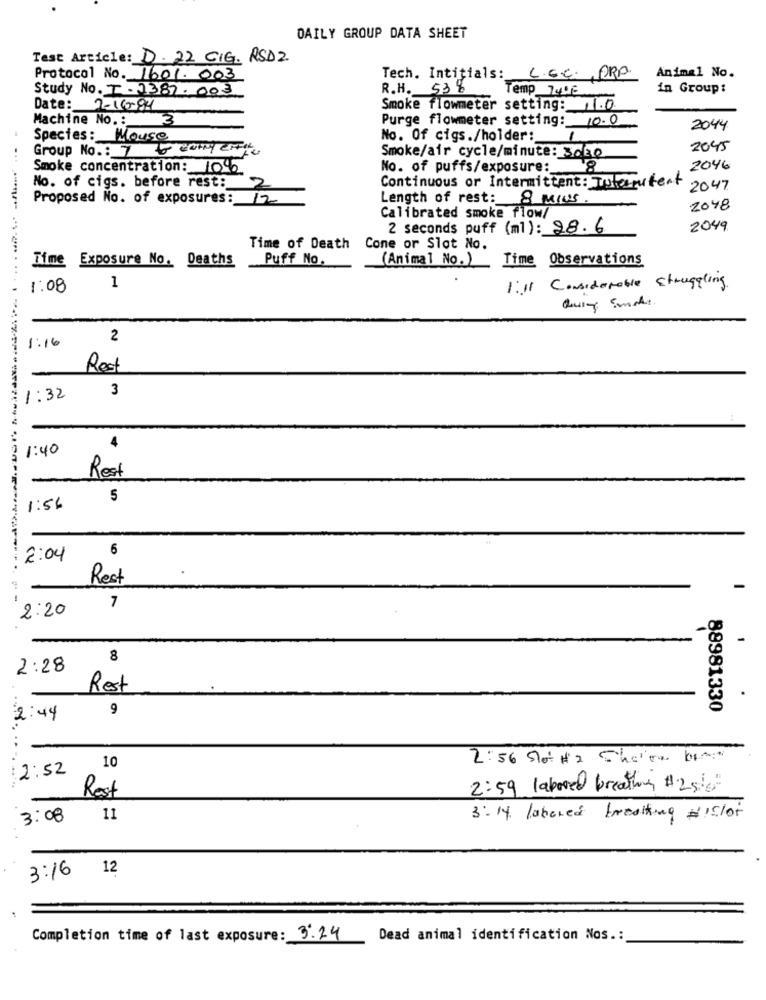
DAILY GROUP DATA SHEET
Test Article: D. 22 GIG. RSD2
Animal No.
Protocol No. 1601. 003
Tech. Intitials: C.E.C. PRA.
Study No. T . 2387. 003
R.H. 538
in Group:
Temp 7402
Date: 2-16-84
Smoke flowmeter setting: . 0.
Machine No .: 3
Purge flowmeter setting: 10.0
2044
Species: Mouse
No. Of cigs./holder:
Group No. : 7 & carry effic
2045
Smoke/air cycle/minute: 3030
Smoke concentration: 10%
No. of puffs/exposure:
8
2046
Continuous or Intermittent: Tutarutent
No. of cigs. before rest :_ 2
2047
Proposed No. of exposures :_
12
Length of rest: 8 MINS.
2048
Calibrated smoke flow/
2 seconds puff (ml): 28.6
2049
Time of Death
Cone or Slot No.
Puff No.
(Animal No.)
Time Observations
Time Exposure No. Deaths
1:08
1
1:11 Considerable struggling.
Quin Smakt.
2
1:16
Rest
3
1:32
1: 40
4
Rest
5
1:56
6
2:04
Rest
2:20
7
8
2:28
Rest
9
88981330
2:44
2:56 Mot HI There be
2:52
10
2:59 labored breathing #25/s
Rest
3:08
11
3:14 labored breaking dislot
3:16 12
Completion time of last exposure: 3.24
Dead animal identification Nos .: